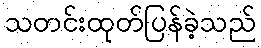
သတင်းထုတ်ပြန်ခဲ့သည်